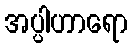
အပ္ပါဟာရော